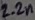
Text: 2.2n